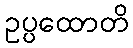
ဥပ္ပထောတိ